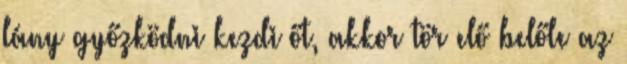
lány győzködni kezdi őt, akkor tör elő belőle az